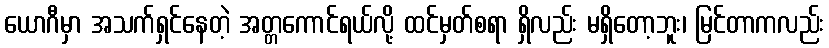
ယောဂီမှာ အသက်ရှင်နေတဲ့ အတ္တကောင်ရယ်လို့ ထင်မှတ်စရာ ရှိလည်း မရှိတော့ဘူး၊ မြင်တာကလည်း